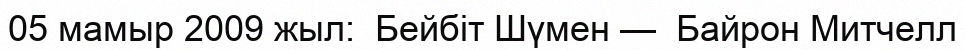
05 мамыр 2009 жыл:  Бейбіт Шүмен —  Байрон Митчелл